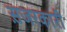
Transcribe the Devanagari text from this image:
स़जरकारी